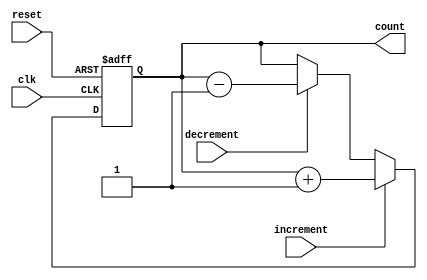
module counter (
    input wire clk,
    input wire reset,
    input wire increment,
    input wire decrement,
    output reg [7:0] count
);

always @ (posedge clk or posedge reset) begin
    if (reset) begin
        count <= 8'b0;
    end else begin
        if (increment) begin
            count <= count + 1;
        end else if (decrement) begin
            count <= count - 1;
        end
    end
end

endmodule